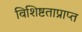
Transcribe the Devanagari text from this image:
विशिष्टताप्राप्त